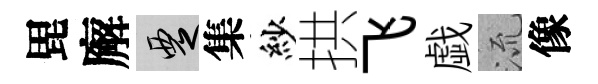
毘廨覂集紗拱飞戯𣴑像